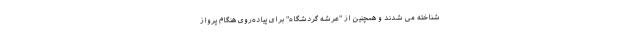
شناخته می شدند و همچنین از "عرشه گردشگاه" برای پیاده‌روی هنگام پرواز